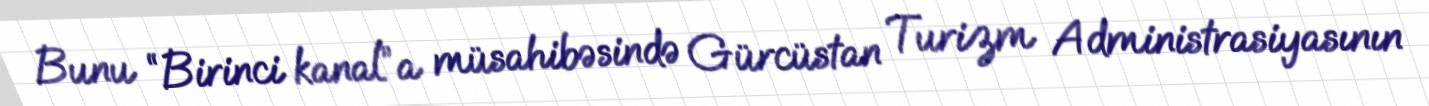
Bunu “Birinci kanal”a müsahibəsində Gürcüstan Turizm Administrasiyasının